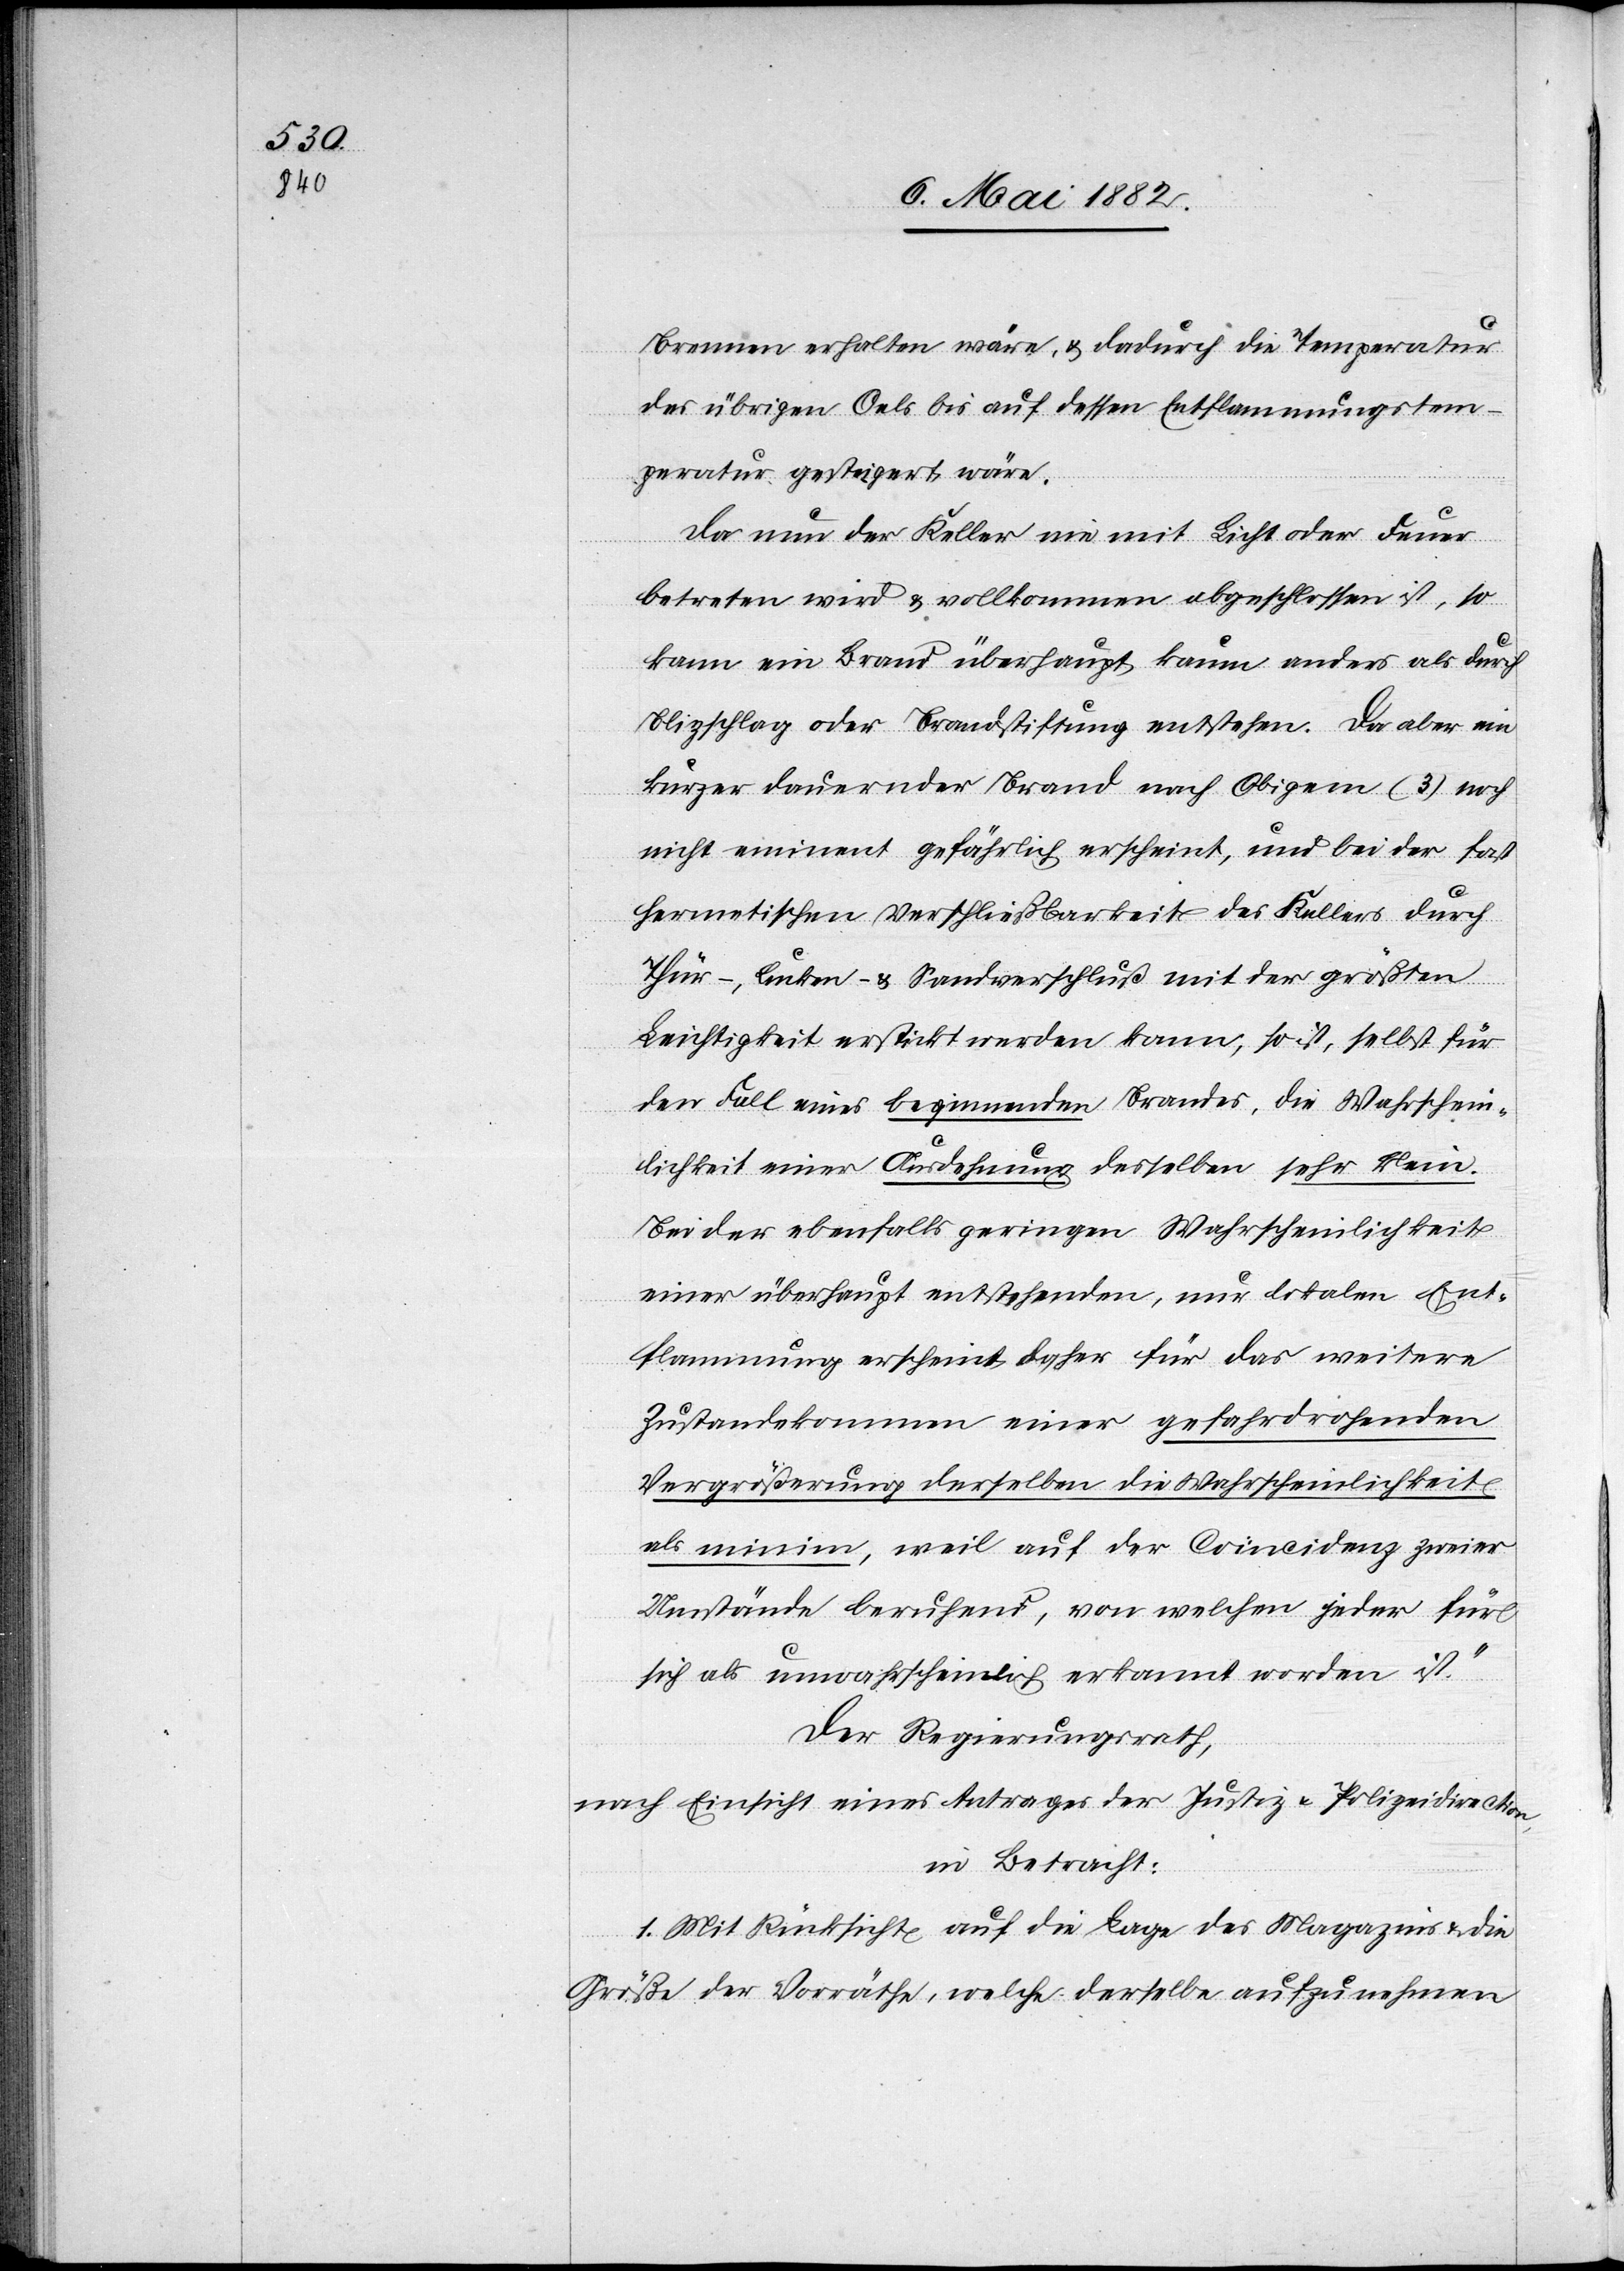
Brennen erhalten wäre, & dadurch die Temperatur
des übrigen Oels bis auf dessen Entflammungstem¬
peratur gesteigert wäre.
Da nun der Keller nie mit Licht oder Feuer
betreten wird & vollkommen abgeschlossen ist, so
kann ein Brand überhaupt kaum anders als durch
Blitzschlag oder Brandstiftung entstehen. Da aber ein
kürzer dauernder Brand nach Obigem (3) noch
nicht eminent gefährlich erscheint, und bei der fast
hermetischen Verschließbarkeit des Kellers durch
Thür-, Lucken- & Sandverschluß mit der größten
Leichtigkeit erstickt werden kann, so ist, selbst für
den Fall eines beginnenden Brandes, die Wahrschein¬
lichkeit einer Ausdehnung desselben sehr klein.
Bei der ebenfalls geringen Wahrscheinlichkeit
einer überhaupt entstehenden, nur lokalen Ent¬
flammung erscheint daher für das weitere
Zustandekommen einer gefahrdrohenden
Vergrößerung derselben die Wahrscheinlichkeit
als minim, weil auf der Coincidenz zweier
Umstände beruhend, von welcher jeder für
sich als unwahrscheinlich anerkannt worden ist.“
Der Regierungsrath,
nach Einsicht eines Antrages der Justiz[-] & Polizeidirection,
in Betracht:
1. Mit Rücksicht auf die Lage des Magazins & die
Größe der Vorräthe, welche derselbe [sic!] aufzunehmen